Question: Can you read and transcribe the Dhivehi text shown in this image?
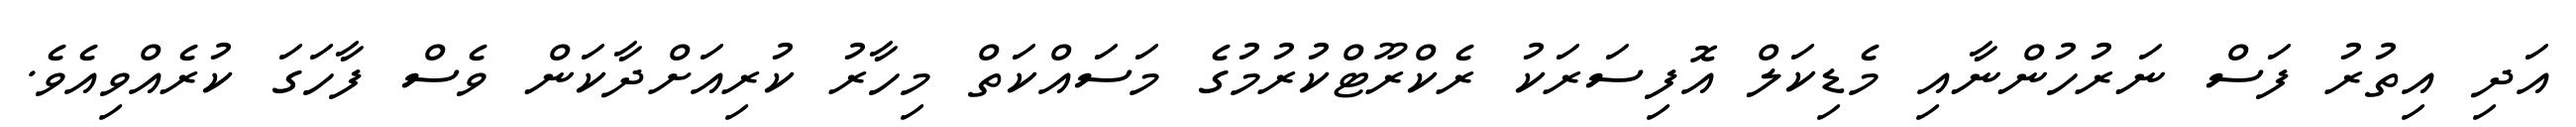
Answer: އަދި އިތުރު ފަސް ނަރުހުންނާއި މެޑިކަލް އޮފިސަރަކު ރެކްރޫޓްކުރުމުގެ މަސައްކަތް މިހާރު ކުރިއަށްދާކަން ވެސް ފާހަގަ ކުރެއްވިއެވެ.